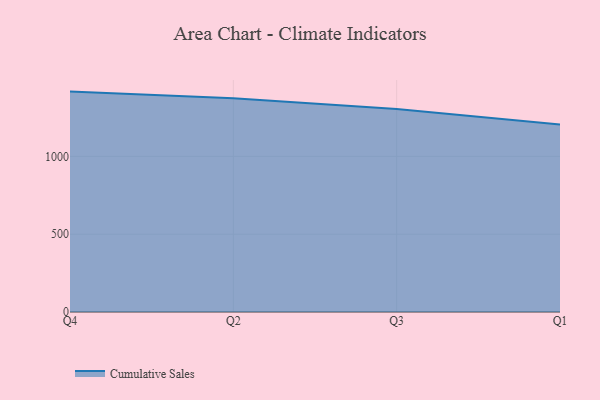
{"axis": {"x": "Quarter", "y": "Operating Costs (USD K)"}, "legend": ["Cumulative Sales"], "data": [{"x": "Q4", "y": 1415.8, "type": "Cumulative Sales"}, {"x": "Q2", "y": 1373.7, "type": "Cumulative Sales"}, {"x": "Q3", "y": 1303.7, "type": "Cumulative Sales"}, {"x": "Q1", "y": 1204.1, "type": "Cumulative Sales"}]}